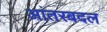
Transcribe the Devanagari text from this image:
आंतरबदल